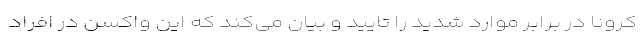
کرونا در برابر موارد شدید را تایید و بیان می‌کند که این واکسن در افراد